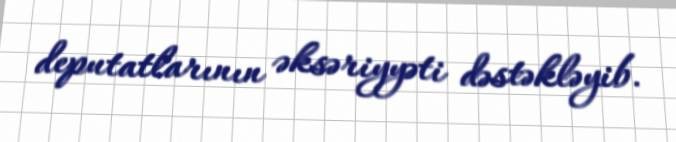
deputatlarının əksəriyyəti dəstəkləyib.